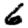
Digit: 6